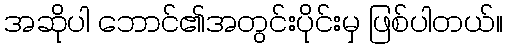
အဆိုပါ ဘောင်၏အတွင်းပိုင်းမှ ဖြစ်ပါတယ်။